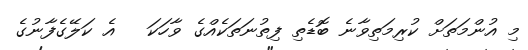
މި އުންމަތަށް ކުރިމަތިވާނެ ބޮޑެތި ފިތުނަތަކެއްގެ ވާހަކަ   އެ ކަލޭގެފާނުގެ